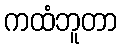
ကထံဘူတာ